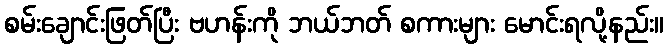
စမ်းချောင်းဖြတ်ပြီး ဗဟန်းကို ဘယ်ဘတ် စကားများ မောင်းရလို့နည်း။